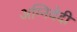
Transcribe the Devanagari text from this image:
अग्निवेदी